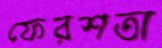
ফেরশতা